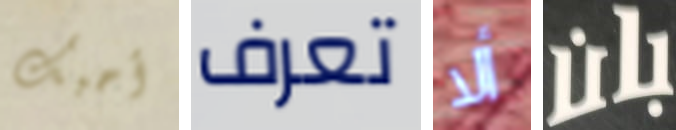
أحبك تعرف ألا بان